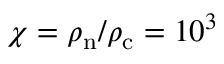
\chi = \rho _ { \mathrm { n } } / \rho _ { \mathrm { c } } = 1 0 ^ { 3 }